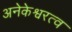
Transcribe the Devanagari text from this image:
अनेकेश्वरत्व